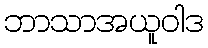
ဘာသာအယူဝါဒ